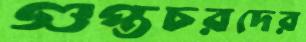
গুপ্তচরদের